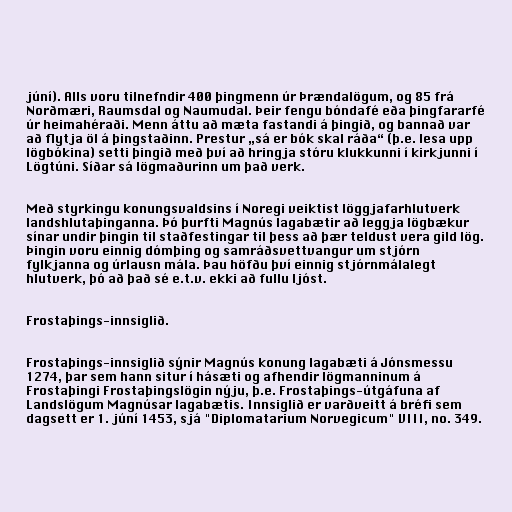
júní). Alls voru tilnefndir 400 þingmenn úr Þrændalögum, og 85 frá
Norðmæri, Raumsdal og Naumudal. Þeir fengu bóndafé eða þingfararfé
úr heimahéraði. Menn áttu að mæta fastandi á þingið, og bannað var
að flytja öl á þingstaðinn. Prestur „sá er bók skal ráða“ (þ.e. lesa upp
lögbókina) setti þingið með því að hringja stóru klukkunni í kirkjunni í
Lögtúni. Síðar sá lögmaðurinn um það verk.

Með styrkingu konungsvaldsins í Noregi veiktist löggjafarhlutverk
landshlutaþinganna. Þó þurfti Magnús lagabætir að leggja lögbækur
sínar undir þingin til staðfestingar til þess að þær teldust vera gild lög.
Þingin voru einnig dómþing og samráðsvettvangur um stjórn
fylkjanna og úrlausn mála. Þau höfðu því einnig stjórnmálalegt
hlutverk, þó að það sé e.t.v. ekki að fullu ljóst.

Frostaþings-innsiglið.

Frostaþings-innsiglið sýnir Magnús konung lagabæti á Jónsmessu
1274, þar sem hann situr í hásæti og afhendir lögmanninum á
Frostaþingi Frostaþingslögin nýju, þ.e. Frostaþings-útgáfuna af
Landslögum Magnúsar lagabætis. Innsiglið er varðveitt á bréfi sem
dagsett er 1. júní 1453, sjá "Diplomatarium Norvegicum" VIII, no. 349.